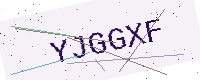
Text: YJGGXF